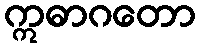
ဣဓာဂတော